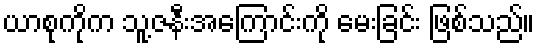
ယာစုကိုက သူ့ဇနီးအကြောင်းကို မေးခြင်း ဖြစ်သည်။